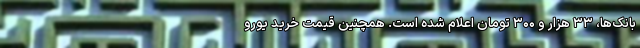
بانک‌ها، ۳۳ هزار و ۳۰۰ تومان اعلام شده است. همچنین قیمت خرید یورو